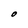
Character: O